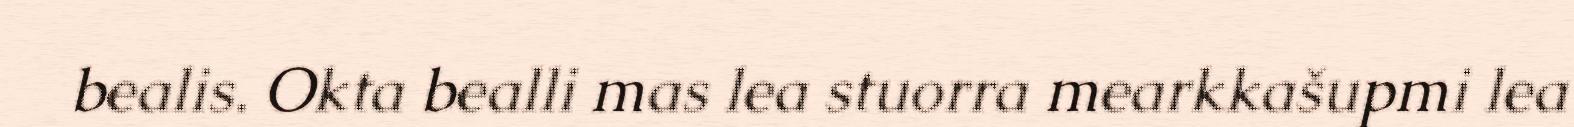
bealis. Okta bealli mas lea stuorra mearkkašupmi lea